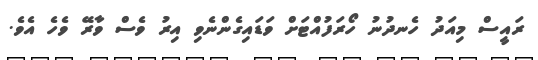
ރައީސް މިއަދު ހެނދުނު ހޯރަފުއްޓަށް ވަޑައިގެންނެވި އިރު ވެސް ވާރޭ ވެހެ އެވެ.